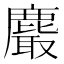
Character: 𪋄